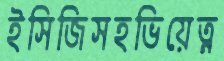
ইসিজিসহভিয়েত্ন